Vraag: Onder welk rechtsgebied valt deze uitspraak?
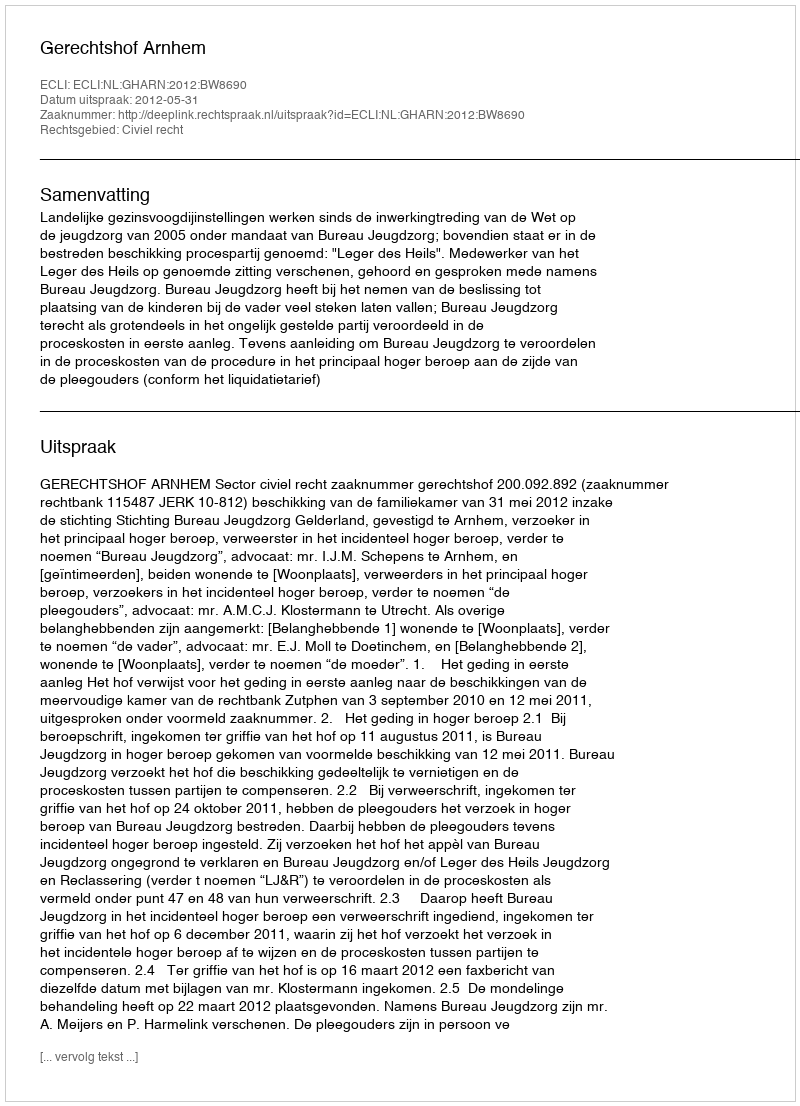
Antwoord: Civiel recht